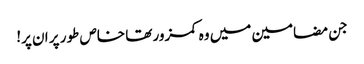
جن مضامین میں وہ کمزور تھا خاص طور پر ان پر!